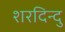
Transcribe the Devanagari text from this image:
शरदिन्दु